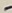
Text: -